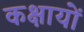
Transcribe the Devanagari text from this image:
कक्षायों